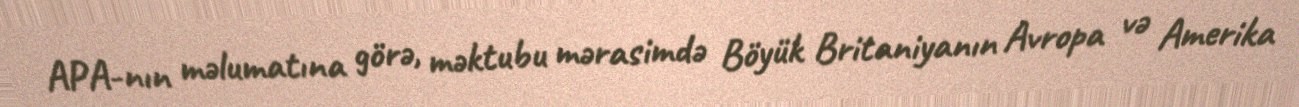
APA-nın məlumatına görə, məktubu mərasimdə Böyük Britaniyanın Avropa və Amerika